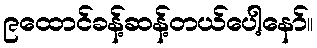
၉ထောင်ခန့်ဆန့်တယ်ပေါ့နော်။